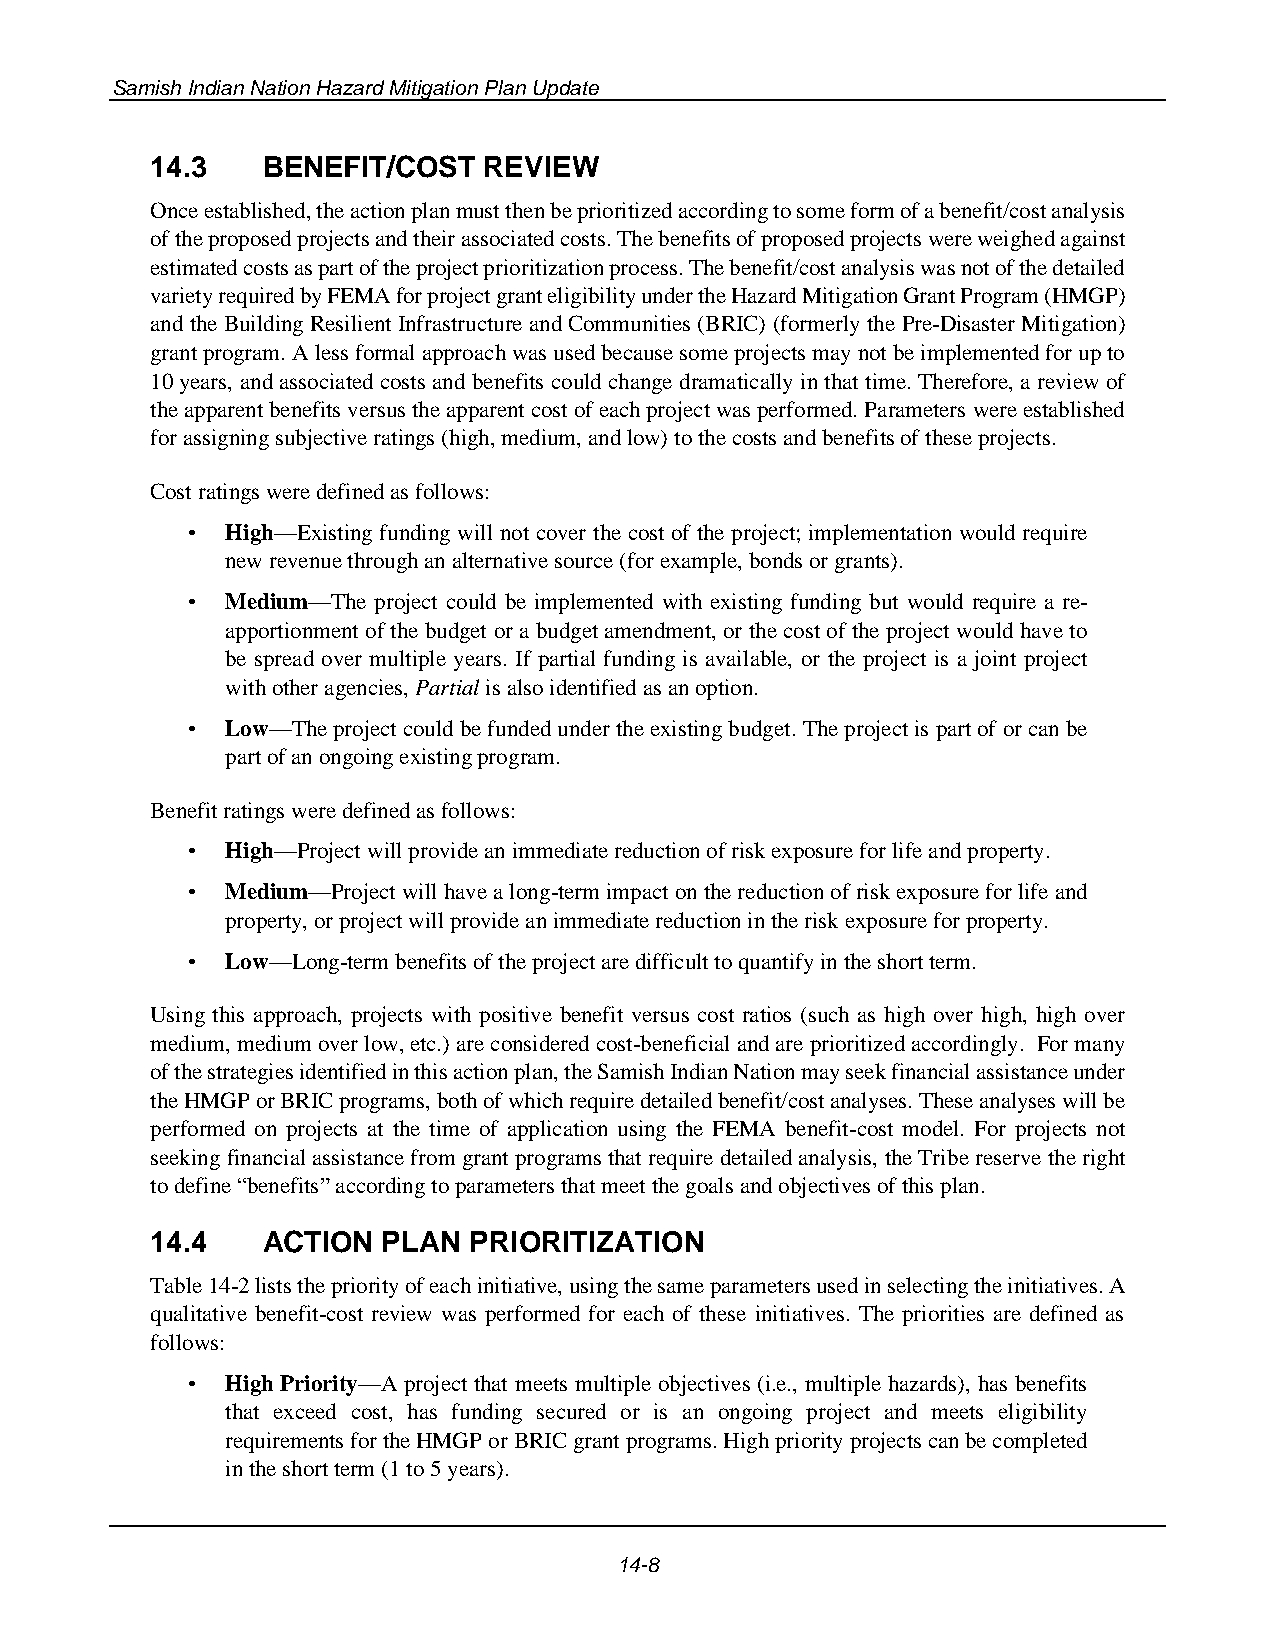
Samish Indian Nation Hazard Mitigation Plan Update
 14.3   BENEFIT/COST   REVIEW
 Once established, the action plan must then be prioritized according to some form of a benefit/cost analysis
 of the proposed projects and their associated costs. The benefits of proposed projects were weighed against
 estimated costs as part of the project prioritization process. The benefit/cost analysis was not of the detailed
 variety required by FEMA for project grant eligibility under the Hazard Mitigation Grant Program (HMGP)
 and the Building Resilient Infrastructure and Communities (BRIC) (formerly the Pre-Disaster Mitigation)
 grant program. A less formal approach was used because some projects may not be implemented for up to
 10 years, and associated costs and benefits could change dramatically in that time. Therefore, a review of
 the apparent benefits versus the apparent cost of each project was performed. Parameters were established
 for assigning subjective ratings (high, medium, and low) to the costs and benefits of these projects.
 Cost ratings were defined as follows:
 •  High—Existing funding will not cover the cost of the project; implementation would require
 new revenue through an alternative source (for example, bonds or grants).
 •  Medium—The project could be implemented with existing funding but would require a re-
 apportionment of the budget or a budget amendment, or the cost of the project would have to
 be spread over multiple years. If partial funding is available, or the project is a joint project
 with other agencies, Partial is also identified as an option.
 •  Low—The project could be funded under the existing budget. The project is part of or can be
 part of an ongoing existing program.
 Benefit ratings were defined as follows:
 •  High—Project will provide an immediate reduction of risk exposure for life and property.
 •  Medium—Project will have a long-term impact on the reduction of risk exposure for life and
 property, or project will provide an immediate reduction in the risk exposure for property.
 •  Low—Long-term benefits of the project are difficult to quantify in the short term.
 Using this approach, projects with positive benefit versus cost ratios (such as high over high, high over
 medium, medium over low, etc.) are considered cost-beneficial and are prioritized accordingly. For many
 of the strategies identified in this action plan, the Samish Indian Nation may seek financial assistance under
 the HMGP or BRIC programs, both of which require detailed benefit/cost analyses. These analyses will be
 performed on projects at the time of application using the FEMA benefit-cost model. For projects not
 seeking financial assistance from grant programs that require detailed analysis, the Tribe reserve the right
 to define “benefits” according to parameters that meet the goals and objectives of this plan.
 14.4   ACTION  PLAN  PRIORITIZATION
 Table 14-2 lists the priority of each initiative, using the same parameters used in selecting the initiatives. A
 qualitative benefit-cost review was performed for each of these initiatives. The priorities are defined as
 follows:
 •  High Priority—A project that meets multiple objectives (i.e., multiple hazards), has benefits
 that exceed cost, has funding secured or is an ongoing project and meets eligibility
 requirements for the HMGP or BRIC grant programs. High priority projects can be completed
 in the short term (1 to 5 years).
 14-8